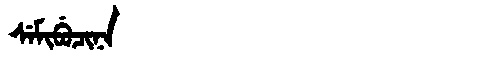
Manchu: ᠰᡝᠮᡳᠪᡠᠴᡳᠨᠠ
Romanization: SEMIBUCINA